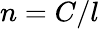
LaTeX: n=C/l